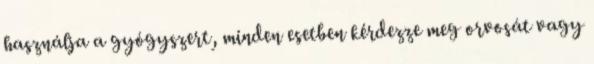
használja a gyógyszert, minden esetben kérdezze meg orvosát vagy